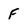
Character: F